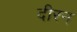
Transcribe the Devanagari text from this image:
दीरन